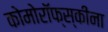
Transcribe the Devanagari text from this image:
कोमोरॉफ्स्कीना